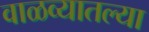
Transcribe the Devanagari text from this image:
वाळव्यातल्या